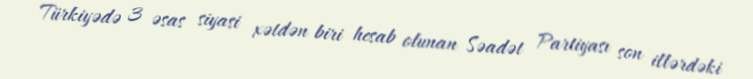
Türkiyədə 3 əsas siyasi xətdən biri hesab olunan Səadət Partiyası son illərdəki